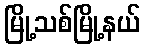
မြို့သစ်မြို့နယ်